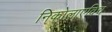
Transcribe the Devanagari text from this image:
निकोलाएविच